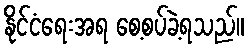
နိုင်ငံရေးအရ စေ့စပ်ခဲ့ရသည်။